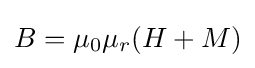
B=\mu _{0}\mu _{r}(H+M)